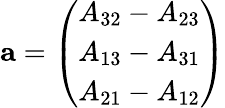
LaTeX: \mathbf{a}={\left(\begin{array}{l}{A_{32}-A_{23}}\\ {A_{13}-A_{31}}\\ {A_{21}-A_{12}}\end{array}\right)}